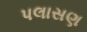
પલાસણ